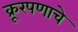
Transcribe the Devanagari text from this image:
क्रूरपणाचे